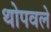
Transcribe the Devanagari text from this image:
थोपवले